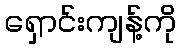
ရှောင်းကျန့်ကို